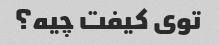
توی کیفت چیه؟